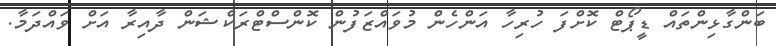
ބަންގާޅިންތައް ޑީޕޯޓް ކޮށްފަ ހުރިހާ އަންހެން މުވައްޒަފުން ކޮންސްޓްރަކްޝަން ދާއިރާ އަށް ވައްދަމާ.